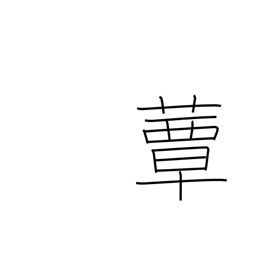
Meaning: toadstool